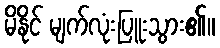
မိနိုင် မျက်လုံးပြူးသွား၏။